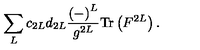
\sum _ { L } c _ { 2 L } d _ { 2 L } \frac { \left( - \right) ^ { L } } { g ^ { 2 L } } \mathrm { T r } \left( F ^ { 2 L } \right) .